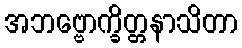
အဘဗ္ဗောက္ခိတ္တနာသိတာ